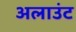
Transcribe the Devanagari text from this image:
अलाउंट